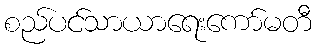
စည်ပင်သာယာရေးကော်မတီ